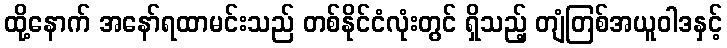
ထို့နောက် အနော်ရထာမင်းသည် တစ်နိုင်ငံလုံးတွင် ရှိသည့် တျံတြစ်အယူဝါဒနှင့်